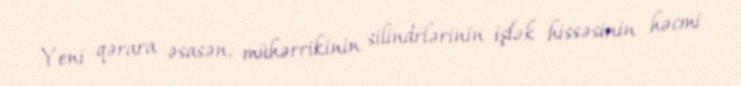
Yeni qərara əsasən, mühərrikinin silindrlərinin işlək hissəsinin həcmi